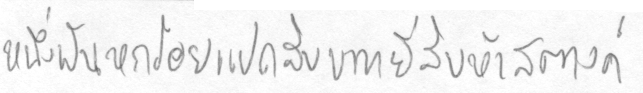
หนึ่งพันหกร้อยแปดสิบบหกบาทยี่สิบห้าสตางค์